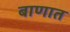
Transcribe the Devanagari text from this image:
बाणात